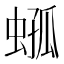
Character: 𧍆